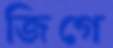
জিগে